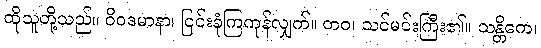
ထိုသူတို့သည်။ ဝိဝဒမာနာ၊ ငြင်းခုံကြကုန်လျှက်။ တဝ၊ သင်မင်းကြီး၏။ သန္တိကေ၊